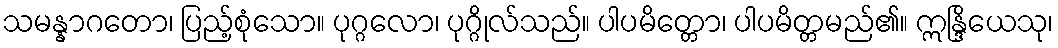
သမန္နာဂတော၊ ပြည့်စုံသော။ ပုဂ္ဂလော၊ ပုဂ္ဂိုလ်သည်။ ပါပမိတ္တော၊ ပါပမိတ္တမည်၏။ ဣန္ဒြိယေသု၊